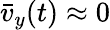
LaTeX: \bar{v}_{y}(t)\approx 0